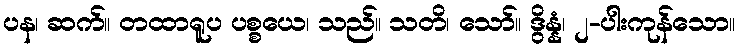
ပန၊ ဆက်။ တထာရူပ ပစ္စယေ၊ သည်။ သတိ၊ သော်။ ဒွိန္နံ၊ ၂-ပါးကုန်သော။